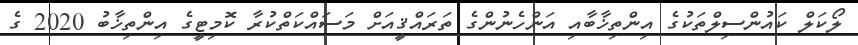
ލޯކަލް ކައުންސިލްތަކުގެ އިންތިޚާބާއި އަންހެނުންގެ ތަރައްޤީއަށް މަސައްކަތްކުރާ ކޮމިޓީގެ އިންތިޚާބު 2020 ގެ